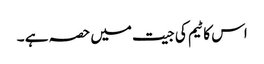
اس کا ٹیم کی جیت میں حصہ ہے ۔